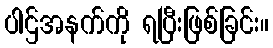
ပါဌ်အနက်ကို ရပြီးဖြစ်ခြင်း။